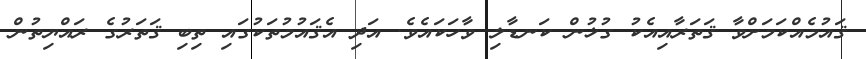
ޤައުމެއްކަމަށްވާ ޤަތަރާއިއެކު ގުޅުން ކަނޑާލި ވާހަކައެވެ. އަދި އެޤައުމުތަކުގައި ތިބި ޤަތަރުގެ ރައްޔިތުން